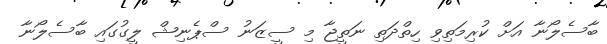
ބާސެލޯނާ އަށް ކުރިމަތިވި ހިތްދަތި ނަތީޖާ މި ސީޒަނު ސްޕެނިޝް ލީގުގައި ބާސެލޯނާ